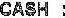
CASH :